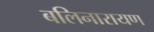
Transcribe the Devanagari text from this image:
बलिनारायण